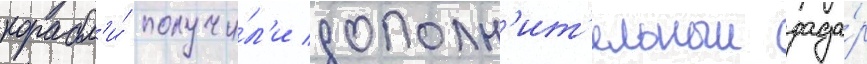
корабл'и́ получи́л'и дополн'ит'ельныи рада́р